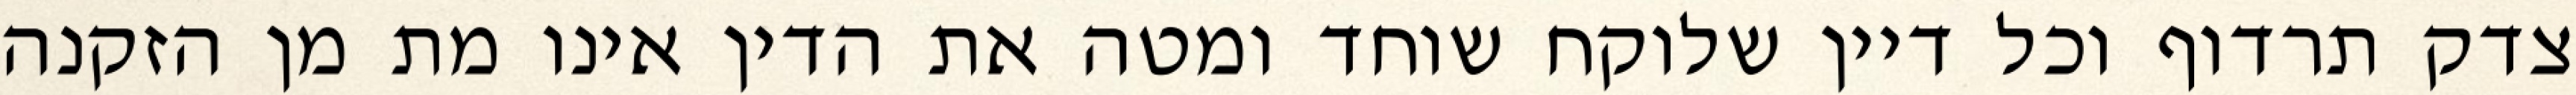
צדק תרדוף וכל דיין שלוקח שוחד ומטה את הדין אינו מת מן הזקנה